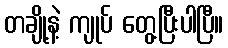
တချို့နဲ့ ကျုပ် တွေ့ပြီးပါပြီ။